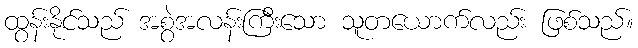
ထွန်းနိုင်သည် အစွဲအလန်းကြီးသော သူတယောက်လည်း ဖြစ်သည်။